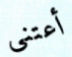
أعتني